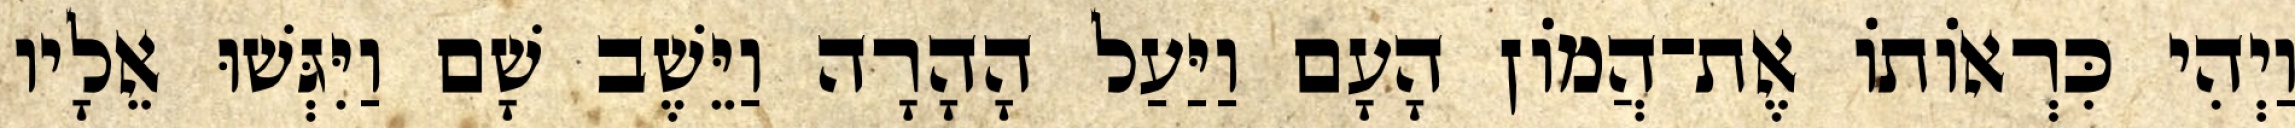
וַיְהִי כִּרְאוֹתוֹ אֶת־הֲמוֹן הָעָם וַיַּעַל הָהָרָה וַיֵּשֶׁב שָׁם וַיִּגְּשׁוּ אֵלָיו